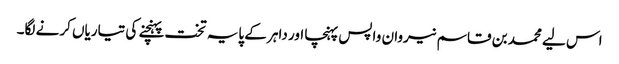
اس لیے محمد بن قاسم نیروان واپس پہنچا اور داہر کے پایہ تخت پہنچنے کی تیاریاں کرنے لگا۔